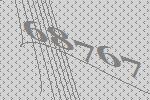
68767